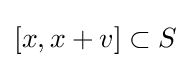
[x,x+v]\subset S